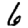
Digit: 6